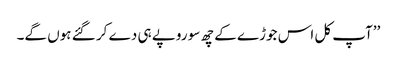
’’آپ کل اس جوڑے کے چھ سو روپے ہی دے کر گئے ہوں گے۔